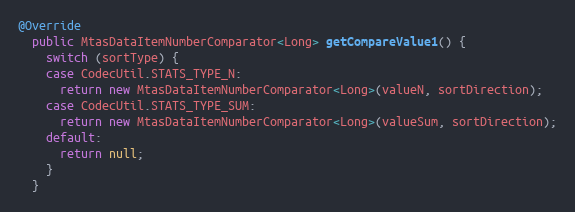
Language: Java
@Override
  public MtasDataItemNumberComparator<Long> getCompareValue1() {
    switch (sortType) {
    case CodecUtil.STATS_TYPE_N:
      return new MtasDataItemNumberComparator<Long>(valueN, sortDirection);
    case CodecUtil.STATS_TYPE_SUM:
      return new MtasDataItemNumberComparator<Long>(valueSum, sortDirection);
    default:
      return null;
    }
  }